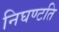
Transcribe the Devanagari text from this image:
निघण्टति